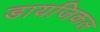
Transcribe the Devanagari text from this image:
डायजिकल